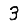
Digit: 3